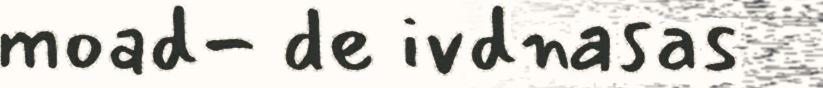
moad- de ivdnasas